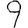
Digit: 9